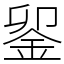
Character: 𨥫